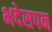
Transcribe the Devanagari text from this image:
भदेसपन